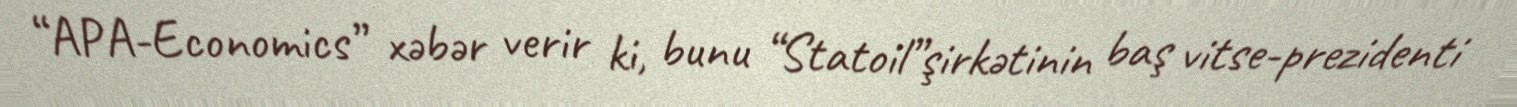
“APA-Economics” xəbər verir ki, bunu “Statoil”şirkətinin baş vitse-prezidenti